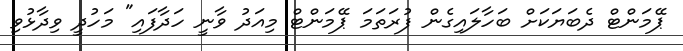
ޕޭމަންޓް ދެބަޔަކަށް ބަހާލައިގެން ފުރަތަމަ ޕޭމަންޓް މިއަދު ވާނީ ހަދާފައި" މަހުދީ ވިދާޅުވި